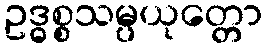
ဥဒ္ဓစ္စသမ္ပယုတ္တော